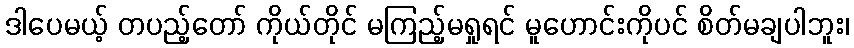
ဒါပေမယ့် တပည့်တော် ကိုယ်တိုင် မကြည့်မရှုရင် မူဟောင်းကိုပင် စိတ်မချပါဘူး၊